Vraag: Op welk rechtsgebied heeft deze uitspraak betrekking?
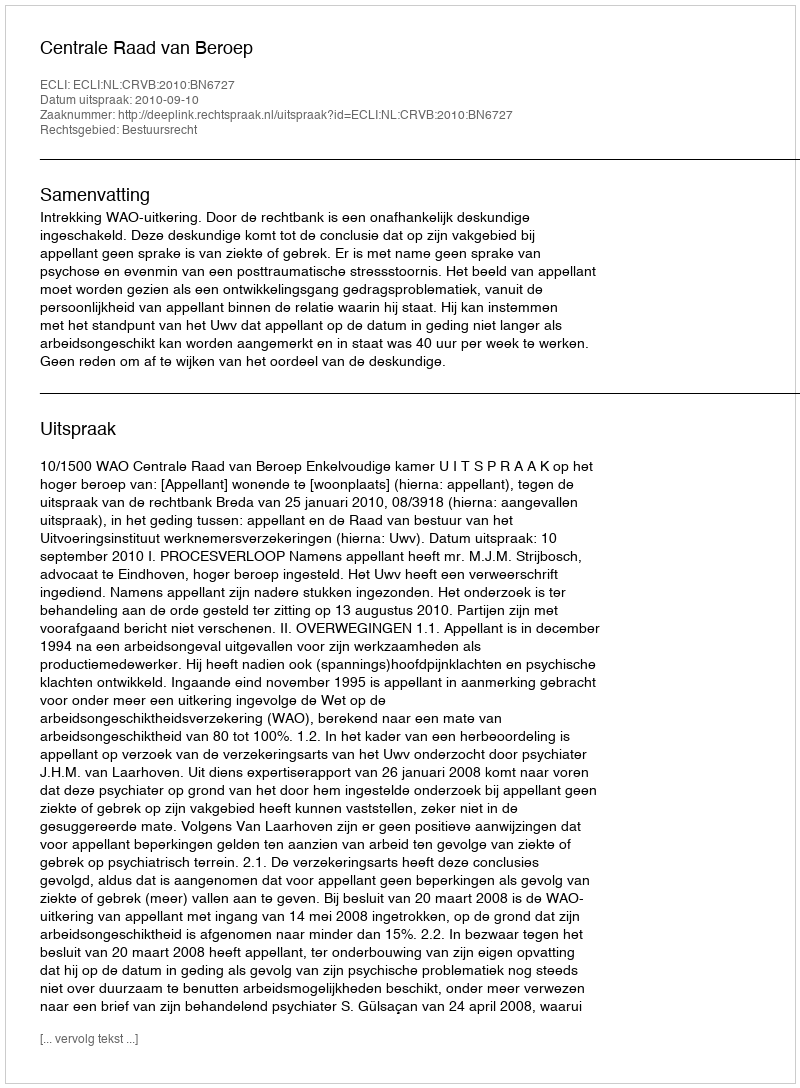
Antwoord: Bestuursrecht